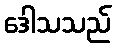
ဒေါသသည်